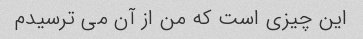
این چیزی است که من از آن می ترسیدم